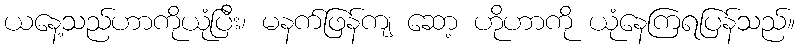
ယနေ့သည်ဟာကိုယုံပြီး၊ မနက်ဖြန်ကျ ဆော့ ဟိုဟာကို ယုံနေကြရပြန်သည်။